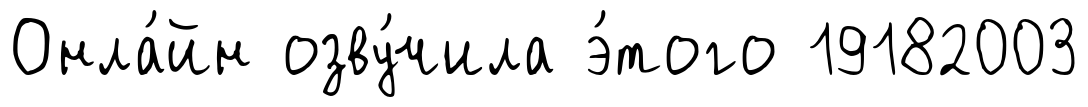
Онла́йн озву́чила э́того 19182003